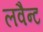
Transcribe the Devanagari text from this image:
लवैन्ट